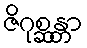
ဇိဂုစ္ဆန္တာ